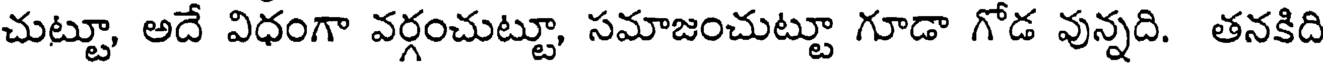
చుట్టూ, అదే విధంగా వర్గంచుట్టూ, సమాజంచుట్టూ గూడా గోడ వున్నది. తనకిది